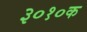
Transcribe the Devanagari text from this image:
३०१०क